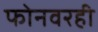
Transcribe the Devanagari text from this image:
फोनवरही